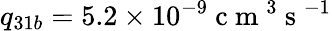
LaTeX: q_{31b}=5.2\times 10^{-9}\mathrm{~c~m~}^{3}\mathrm{~s~}^{-1}